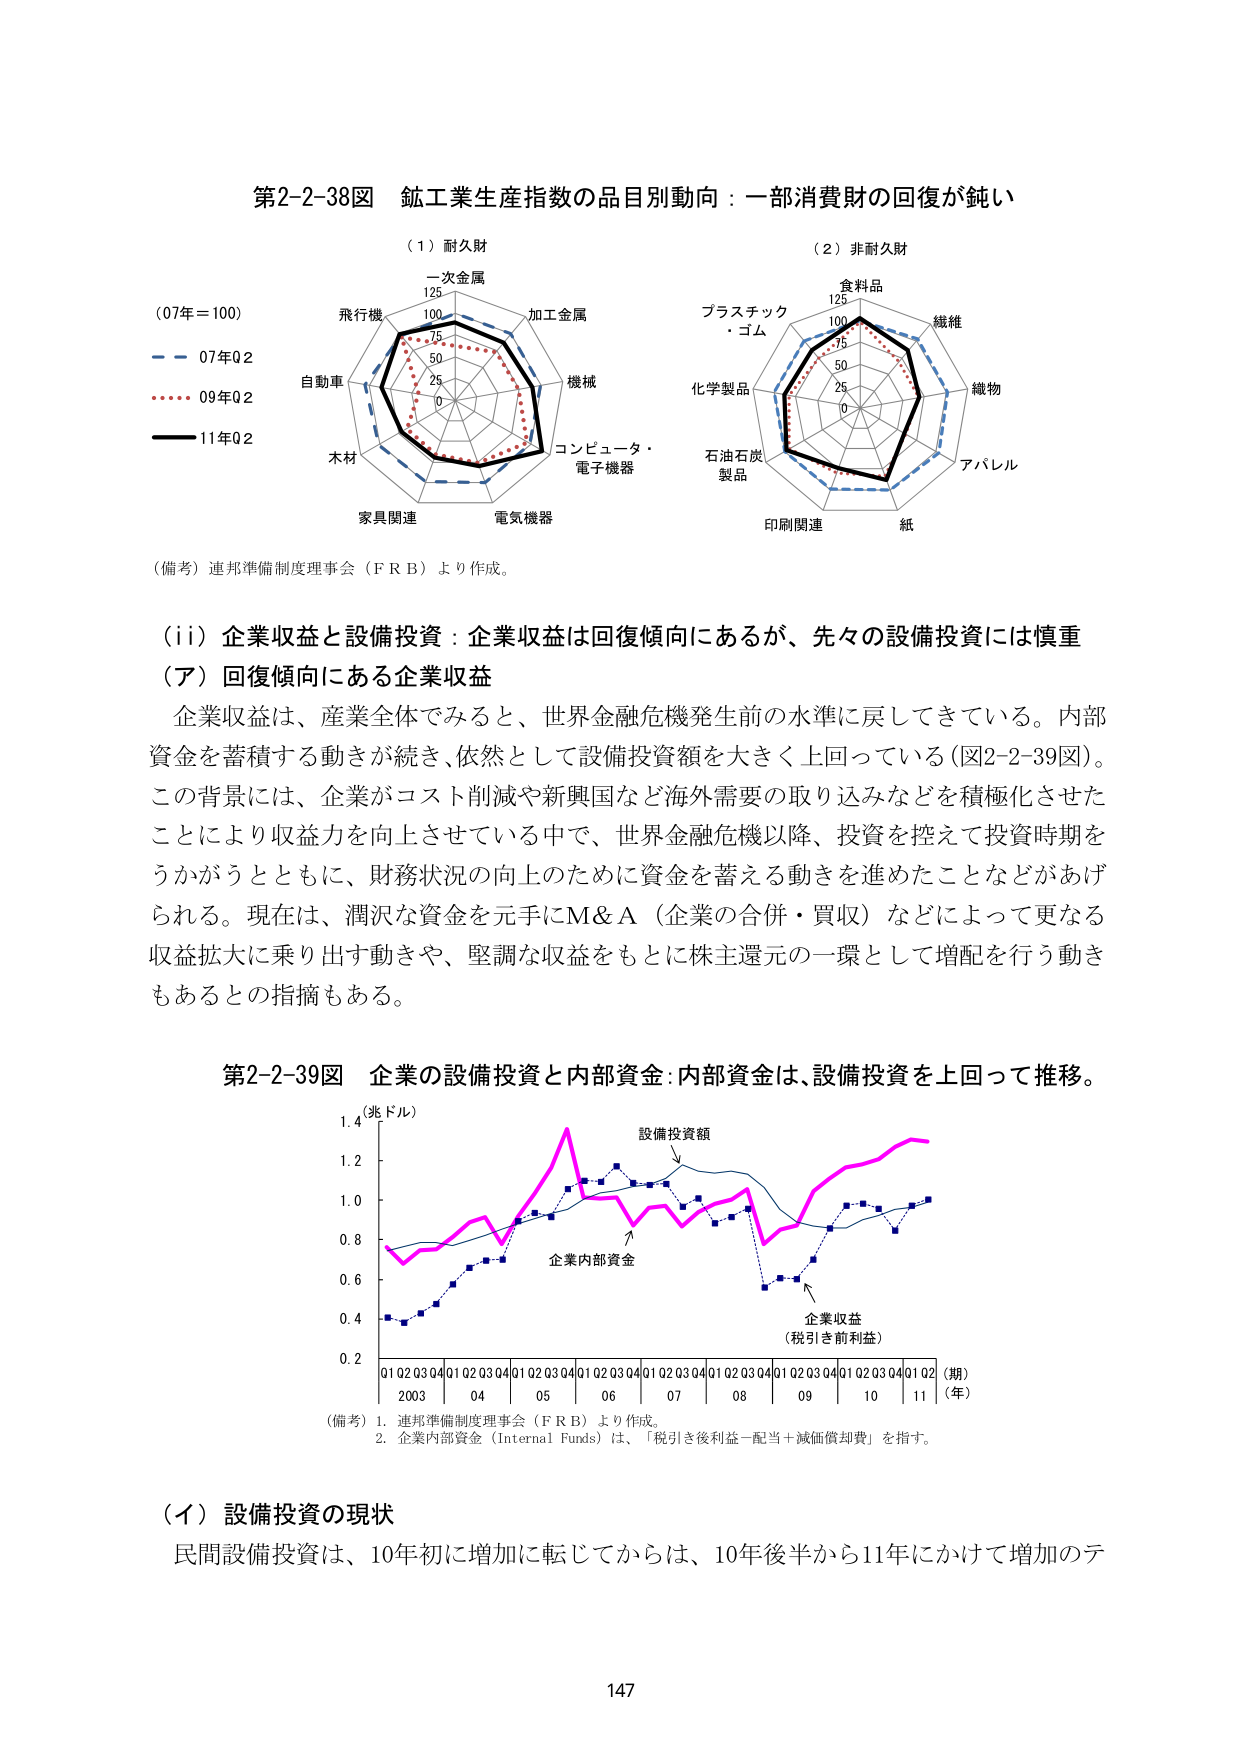
第2-2-38図 鉱工業生産指数の品目別動向：一部消費財の回復が鈍い

（1）耐久財
（07年＝100）
一次金属
飛行機
自動車
木材
家具関連
電気機器
コンピュータ・電子機器
機械
加工金属
125
100
75
50
25
0

（2）非耐久財
食料品
プラスチック・ゴム
化学製品
石油石炭製品
印刷関連
紙
アパレル
織物
繊維
125
100
75
50
25
0

（備考）連邦準備制度理事会（ＦＲＢ）より作成。

（ii）企業収益と設備投資：企業収益は回復傾向にあるが、先々の設備投資には慎重

（ア）回復傾向にある企業収益
企業収益は、産業全体でみると、世界金融危機発生前の水準に戻してきている。内部資金を蓄積する動きが続き、依然として設備投資額を大きく上回っている（図2-2-39図）。この背景には、企業がコスト削減や新興国など海外需要の取り込みなどを積極化させたことにより収益力を向上させている中で、世界金融危機以降、投資を控えて投資時期をうかがうとともに、財務状況の向上のために資金を蓄える動きを進めたことなどがあげられる。現在は、潤沢な資金を元手にM＆A（企業の合併・買収）などによって更なる収益拡大に乗り出す動きや、堅調な収益をもとに株主還元の一環として増配を行う動きもあるとの指摘もある。

第2-2-39図 企業の設備投資と内部資金：内部資金は、設備投資を上回って推移。

（兆ドル）
1.4
1.2
1.0
0.8
0.6
0.4
0.2

設備投資額
企業内部資金
企業収益（税引き前利益）

Q1 Q2 Q3 Q4 Q1 Q2 Q3 Q4 Q1 Q2 Q3 Q4 Q1 Q2 Q3 Q4 Q1 Q2 Q3 Q4 Q1 Q2 Q3 Q4 Q1 Q2 Q3 Q4 Q1 Q2
2003 04 05 06 07 08 09 10 11 （年）
（期）

（備考）1. 連邦準備制度理事会（ＦＲＢ）より作成。
2. 企業内部資金（Internal Funds）は、「税引き後利益－配当＋減価償却費」を指す。

（イ）設備投資の現状
民間設備投資は、10年初に増加に転じてからは、10年後半から11年にかけて増加のテ

147